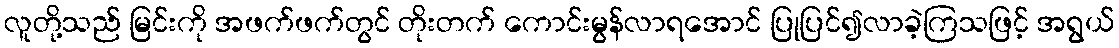
လူတို့သည် မြင်းကို အဖက်ဖက်တွင် တိုးတက် ကောင်းမွန်လာရအောင် ပြုပြင်၍လာခဲ့ကြသဖြင့် အရွယ်